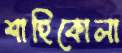
শাহিকোলা